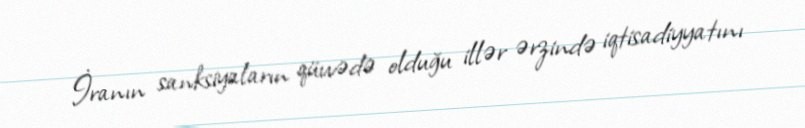
İranın sanksiyaların qüvvədə olduğu illər ərzində iqtisadiyyatını